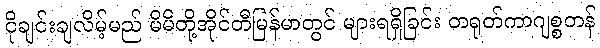
ငိုချင်းချလိမ့်မည် မိမိတို့အိုင်တီမြန်မာတွင် များရရှိခြင်း တရုတ်ကာဂျစ္စတန်